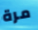
مرة